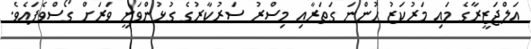
އަލްޖަޒީރާގެ މައި މަރުކަޒު ހުންނަ ގަތަރާއި މިސްރު ސަރުކާރުގެ ގުޅުންވަނީ ވަރަށް ގޯސްވެފައެވެ.